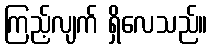
ကြည့်လျက် ရှိလေသည်။